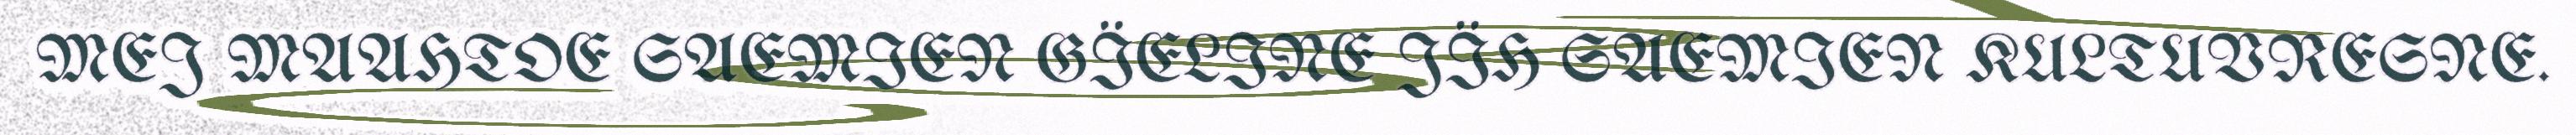
MEJ MAAHTOE SAEMIEN GÏELINE JÏH SAEMIEN KULTUVRESNE.